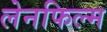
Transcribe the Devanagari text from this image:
लेनफिल्म